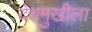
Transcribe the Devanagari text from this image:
देशमुखीला